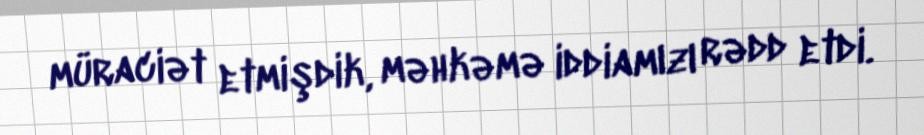
müraciət etmişdik, məhkəmə iddiamızı rədd etdi.